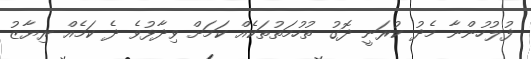
ފުލުހުންނާ މެދު ކުރަނީ ދޮގު ތުހުމަތުތަކެއް ކަމަށް ވިދާޅުވެ ދެ ކަމެއް ރިޔާޒު